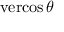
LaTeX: \operatorname { v e r c o s } \theta